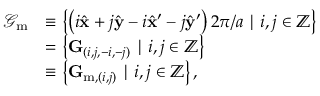
\begin{array} { r l } { \mathcal { G } _ { \mathrm { m } } } & { \equiv \left\{ \left( { i } \hat { \mathbf { x } } + { j } \hat { \mathbf { y } } - { i } \hat { \mathbf { x } } ^ { \prime } - { j } \hat { \mathbf { y } } ^ { \prime } \right) 2 \pi / a \mid { i } , { j } \in \mathbb { Z } \right\} } \\ & { = \left\{ \mathbf { G } _ { ( i , j , - i , - j ) } \mid i , j \in \mathbb { Z } \right\} } \\ & { \equiv \left\{ \mathbf { G } _ { \mathrm { m } , ( i , j ) } \mid i , j \in \mathbb { Z } \right\} , } \end{array}